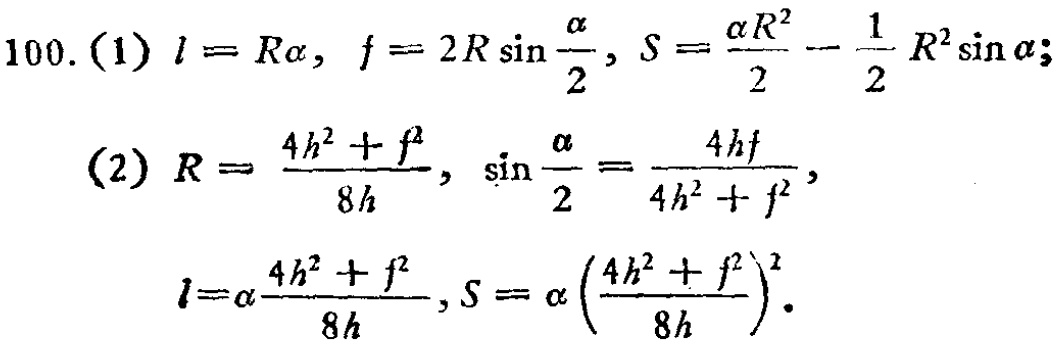
100. (1) \(l = R\alpha\), \(f = 2R\sin\frac{\alpha}{2}\), \(S=\frac{\alpha R^{2}}{2}-\frac{1}{2}R^{2}\sin\alpha\);
(2) \(R = \frac{4h^{2}+f^{2}}{8h}\), \(\sin\frac{\alpha}{2}=\frac{4hf}{4h^{2}+f^{2}}\),
\(l=\alpha\frac{4h^{2}+f^{2}}{8h}\), \(S = \alpha\left(\frac{4h^{2}+f^{2}}{8h}\right)^{2}\).